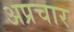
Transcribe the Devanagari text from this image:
अप्रचार